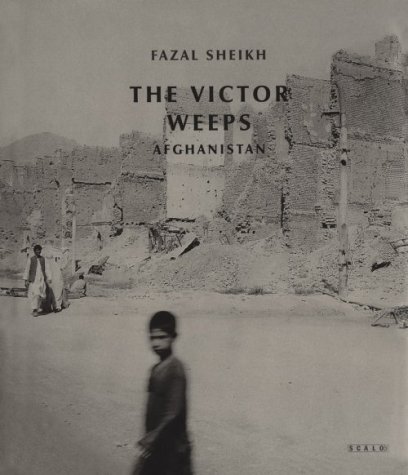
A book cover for The Victor Weeps: Afghanistan; Fazal Sheikh; Travel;